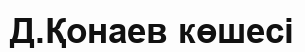
Д.Қонаев көшесі